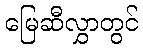
မြေဆီလွှာတွင်